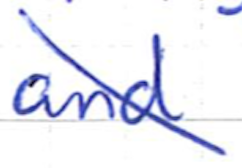
Text: and
Cross-out: diagonal
Writing tool: ballpoint